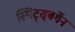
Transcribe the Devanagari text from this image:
स्पिट्स्‌बर्गेन